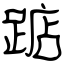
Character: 踮